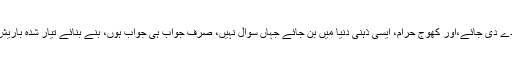
سوال، اختلاف اور تنقید کو جب سزائے موت دے دی جائے،اور کھوج حرام، ایسی ذہنی دنیا میں بن جائے جہاں سوال نہیں، صرف جواب ہی جواب ہوں، بنے بنائے تیار شدہ باریش جواب، آسمان سے اترے ناقابلِ تغیّر جوابات۔